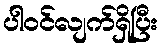
ပါဝင်လျက်ရှိပြီး